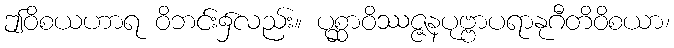
ဤဝိစယဟာရ ဝိဘင်း၌လည်း။ ပုစ္ဆာဝိဿဇ္ဇနပုဗ္ဗာပရာနုဂီတိဝိစယာ၊